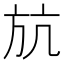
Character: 𣃚